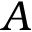
A